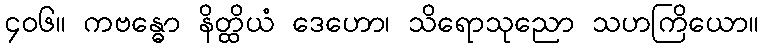
၄၀၆။ ကဗန္ဓော နိတ္ထိယံ ဒေဟော၊ သိရောသုညော သဟကြိယော။